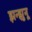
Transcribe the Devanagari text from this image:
झन्झुनू